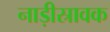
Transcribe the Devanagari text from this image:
नाड़ीस्रावक